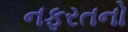
નફરતનો